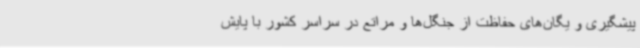
پیشگیری و یگان‌های حفاظت از جنگل‌ها و مراتع در سراسر کشور با پایش